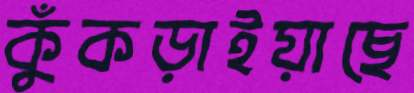
কুঁকড়াইয়াছে